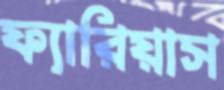
ফ্যারিয়াস